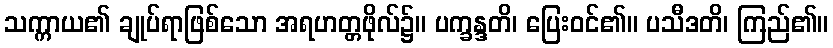
သက္ကာယ၏ ချုပ်ရာဖြစ်သော အရဟတ္တဖိုလ်၌။ ပက္ခန္ဒတိ၊ ပြေးဝင်၏။ ပသီဒတိ၊ ကြည်၏။